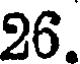
26.